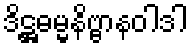
ဒိဋ္ဌဓမ္မနိဗ္ဗာနဝါဒါ